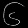
Digit: ၆